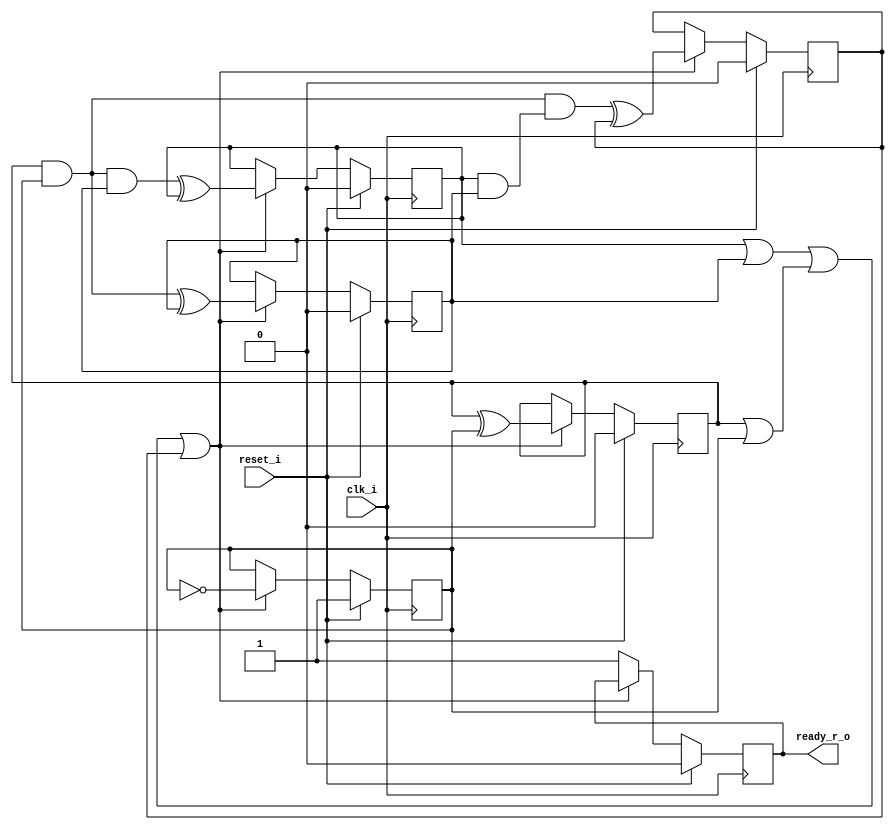
/* Generated by Yosys 0.27+9 (git sha1 101d19bb6, gcc 11.2.0-7ubuntu2 -fPIC -Os) */

(* top =  1  *)

module bsg_wait_after_reset(reset_i, clk_i, ready_r_o);
  wire _00_;
  wire _01_;
  wire _02_;
  wire _03_;
  wire _04_;
  wire _05_;
  wire _06_;
  wire _07_;
  (* force_downto = 32'd1 *)
  
  wire [4:0] _08_;
  (* force_downto = 32'd1 *)
  
  wire [4:0] _09_;
  
  input clk_i;
  wire clk_i;
  
  reg [4:0] counter_r;
  
  output ready_r_o;
  reg ready_r_o;
  
  input reset_i;
  wire reset_i;
  assign _08_[0] = ~counter_r[0];
  assign _01_ = counter_r[1] | counter_r[0];
  assign _02_ = counter_r[3] | counter_r[2];
  assign _03_ = _02_ | _01_;
  assign _00_ = _03_ | counter_r[4];
  assign _09_[1] = counter_r[1] ^ counter_r[0];
  assign _04_ = counter_r[1] & counter_r[0];
  assign _09_[2] = _04_ ^ counter_r[2];
  assign _05_ = _04_ & counter_r[2];
  assign _09_[3] = _05_ ^ counter_r[3];
  assign _06_ = ~(counter_r[3] & counter_r[2]);
  assign _07_ = _04_ & ~(_06_);
  assign _09_[4] = _07_ ^ counter_r[4];
  
  always @(posedge clk_i)
    if (reset_i) ready_r_o <= 1'h0;
    else if (!_00_) ready_r_o <= 1'h1;
  
  always @(posedge clk_i)
    if (reset_i) counter_r[0] <= 1'h1;
    else if (_00_) counter_r[0] <= _08_[0];
  
  always @(posedge clk_i)
    if (reset_i) counter_r[1] <= 1'h0;
    else if (_00_) counter_r[1] <= _09_[1];
  
  always @(posedge clk_i)
    if (reset_i) counter_r[2] <= 1'h0;
    else if (_00_) counter_r[2] <= _09_[2];
  
  always @(posedge clk_i)
    if (reset_i) counter_r[3] <= 1'h0;
    else if (_00_) counter_r[3] <= _09_[3];
  
  always @(posedge clk_i)
    if (reset_i) counter_r[4] <= 1'h0;
    else if (_00_) counter_r[4] <= _09_[4];
  assign _08_[4:1] = counter_r[4:1];
  assign _09_[0] = _08_[0];
endmodule